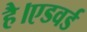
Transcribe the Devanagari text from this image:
है।एडवर्ड